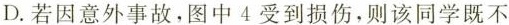
D.若因意外事故。图中4受到损伤，则该同学既不